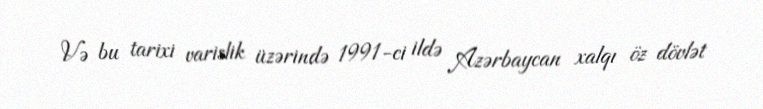
Və bu tarixi varislik üzərində 1991-ci ildə Azərbaycan xalqı öz dövlət